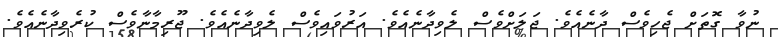
ނުވާ ގޮތަށް ޖެހިވެސް ދާނެއެވެ. ޖަލަށްވެސް ލެވިދާނެއެވެ. އަރުވައިވެސް ލެވިދާނެއެވެ. ޖޫރިމާނާވެސް ކުރެވިދާނެއެވެ.